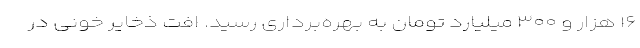
۱۶ هزار و ۳۰۰ میلیارد تومان به بهره‌برداری رسید. اُفت ذخایر خونی در